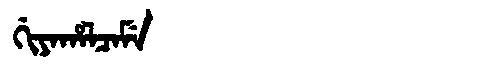
Manchu: ᡤᡳᠶᠠᡥᠠᠯᠴᠠᠮᡝ
Romanization: GIYAHALCAME